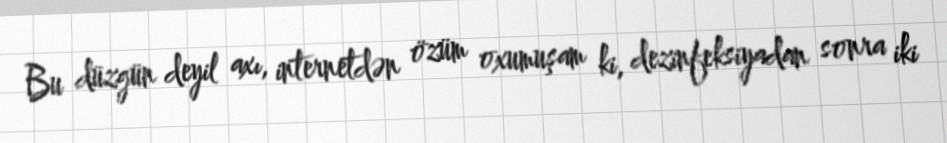
Bu düzgün deyil axı, internetdən özüm oxumuşam ki, dezinfeksiyadan sonra iki